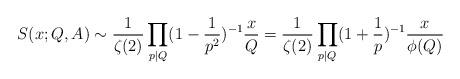
LaTeX: \begin{align*} S(x;Q,A)\sim \frac 1{\zeta(2)} \prod_{p\mid Q} (1-\frac 1{p^2})^{-1} \frac xQ =\frac 1{\zeta(2)} \prod_{p\mid Q} (1+\frac 1{p})^{-1} \frac x{\phi(Q)}\end{align*}